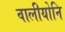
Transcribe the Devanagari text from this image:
वालीयोनि